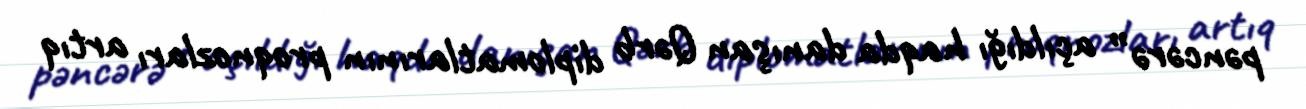
pəncərə” açıldığı haqda danışan Qərb diplomatlarının proqnozları artıq